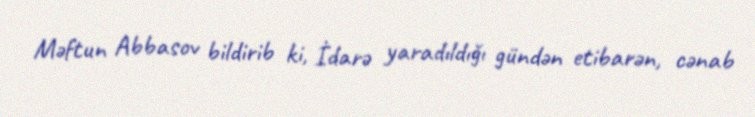
Məftun Abbasov bildirib ki, İdarə yaradıldığı gündən etibarən, cənab